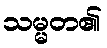
သမ္မတ၏